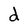
Character: d